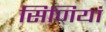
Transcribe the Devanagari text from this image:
सिणियां